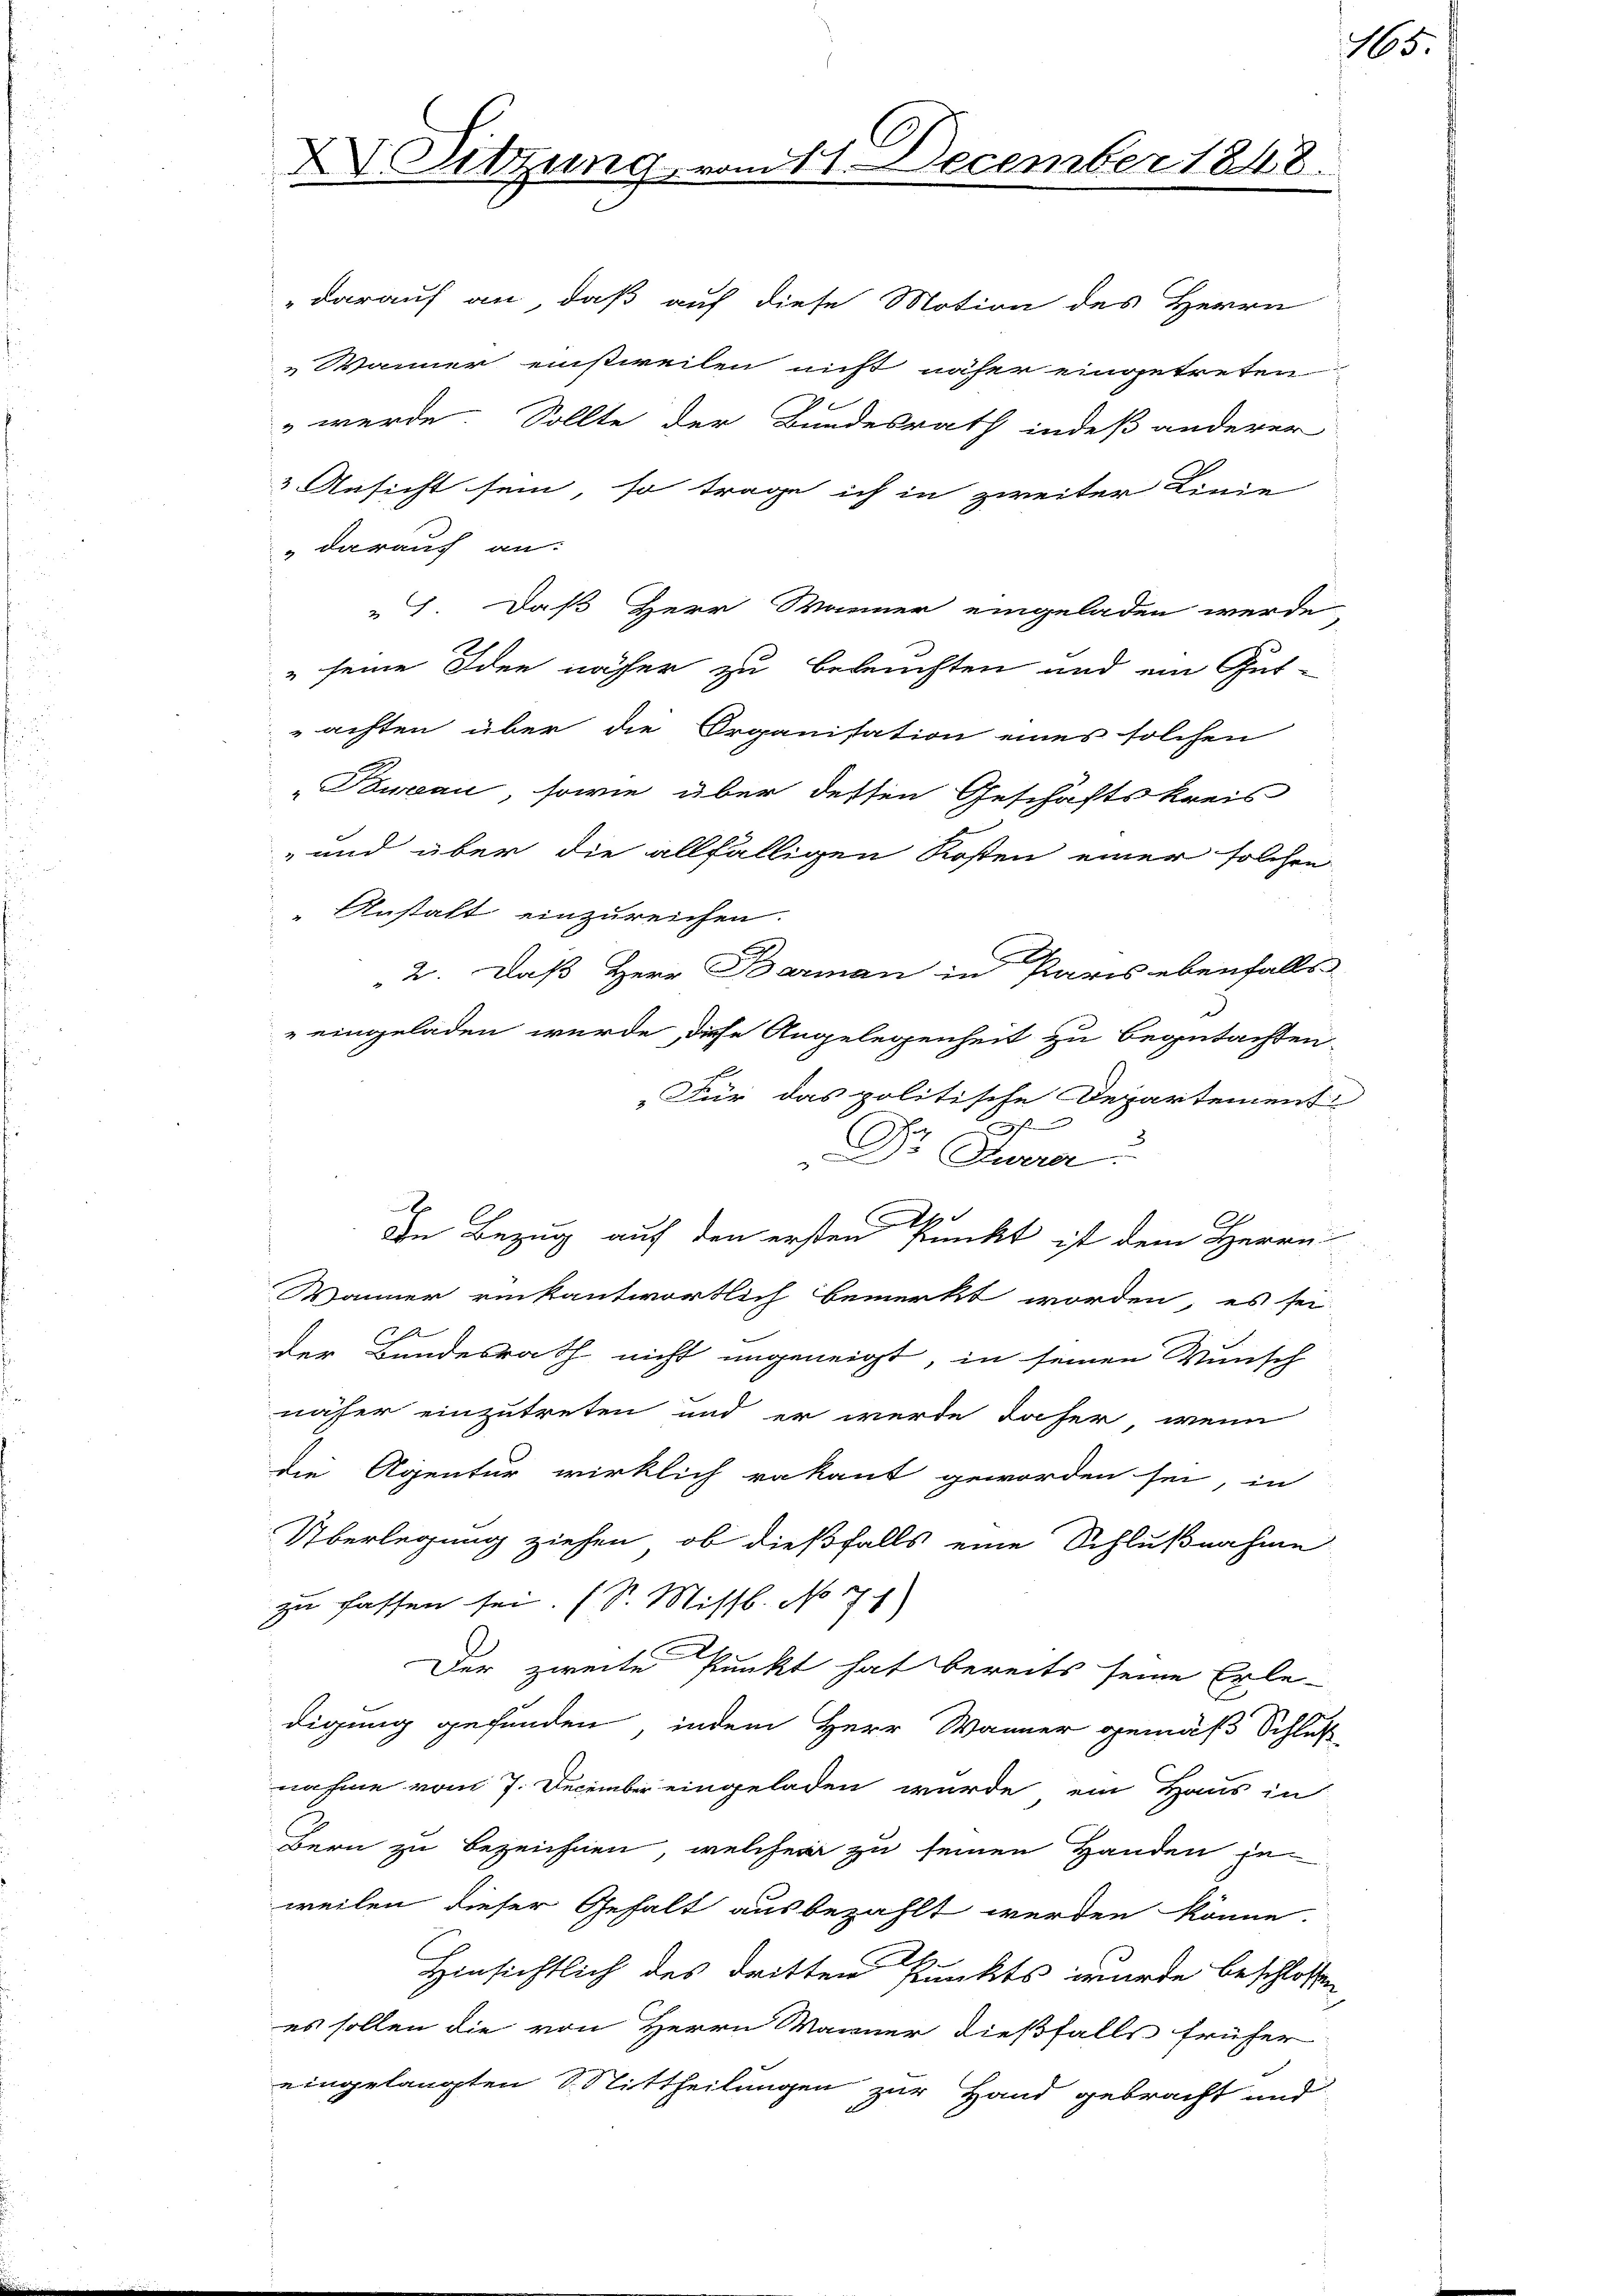
XV. Sitzung, vom 11. December 1848.

darauf an:
 7. Daß Herr Warner eingeladen werde
" seine Idee näher zu beleuchten und ein Gut-
achten über die Organisation eines solchen
Pauxau, sowie über dessen Geschäftskreis
-und über die allfälligen Kosten einer solchen
Anstalt einzureichen.
„2. Daß Herr Barman in Paris ebenfalls
d
eingeladen wurde, diese Angelegenheit zu begutachten.
„Für das politische Departement
h
C
Dr Cura
x
A
den Bezug auf den ersten Punkt ist dem Herrn
Wänner rückantwortlich bemerkt worden, es sei

der Bundesrath nicht ungeneigt, in seinen Wunsch
näher einzutreten und er werde daher, wenn
die Agentur wirklich rakant geworden sei, in
Überlegung ziehen, ob dießfalls eine Schlußnahme
zu fassen sei. (S. Missb. No 71
Der zweite Punkt hat bereits seine Erledigung gefunden, indem Herr Wänner gemäß Schluß
nahme vom 7. December eingeladen wurde ein Haus in
Bern zu bezeichnen, welcher zu seinen Handen je
weilen dieser Gehalt ausbezahlt werden könne.
Hinsichtlich des dritten Punkts wurde beschlossen,
es sollen die von Herrn Männer dießfalls früher
eingelangten Mittheilungen zur Hand gebracht und

darauf an, daß auf diese Motion des Herrn
Wänner einstweilen nicht näher eingetreten
 werde. Sollte der Bundesrath indeß anderer
3 Ansicht sein, so trage ich in zweiter Linie

15.